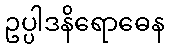
ဥပ္ပါဒနိရောဓေန